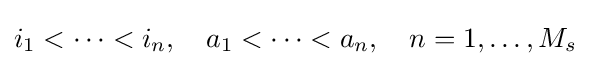
i_{1}<\cdots <i_{n},\quad a_{1}<\cdots <a_{n},\quad n=1,\dots ,M_{s}